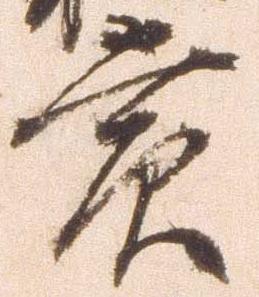
賞